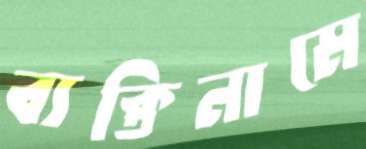
ব্যক্তিনামে